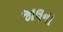
જાલના